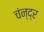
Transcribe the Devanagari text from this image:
चंन्द्र